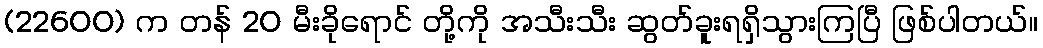
(22600) က တန် 20 မီးခိုရောင် တို့ကို အသီးသီး ဆွတ်ခူးရရှိသွားကြပြီ ဖြစ်ပါတယ်။